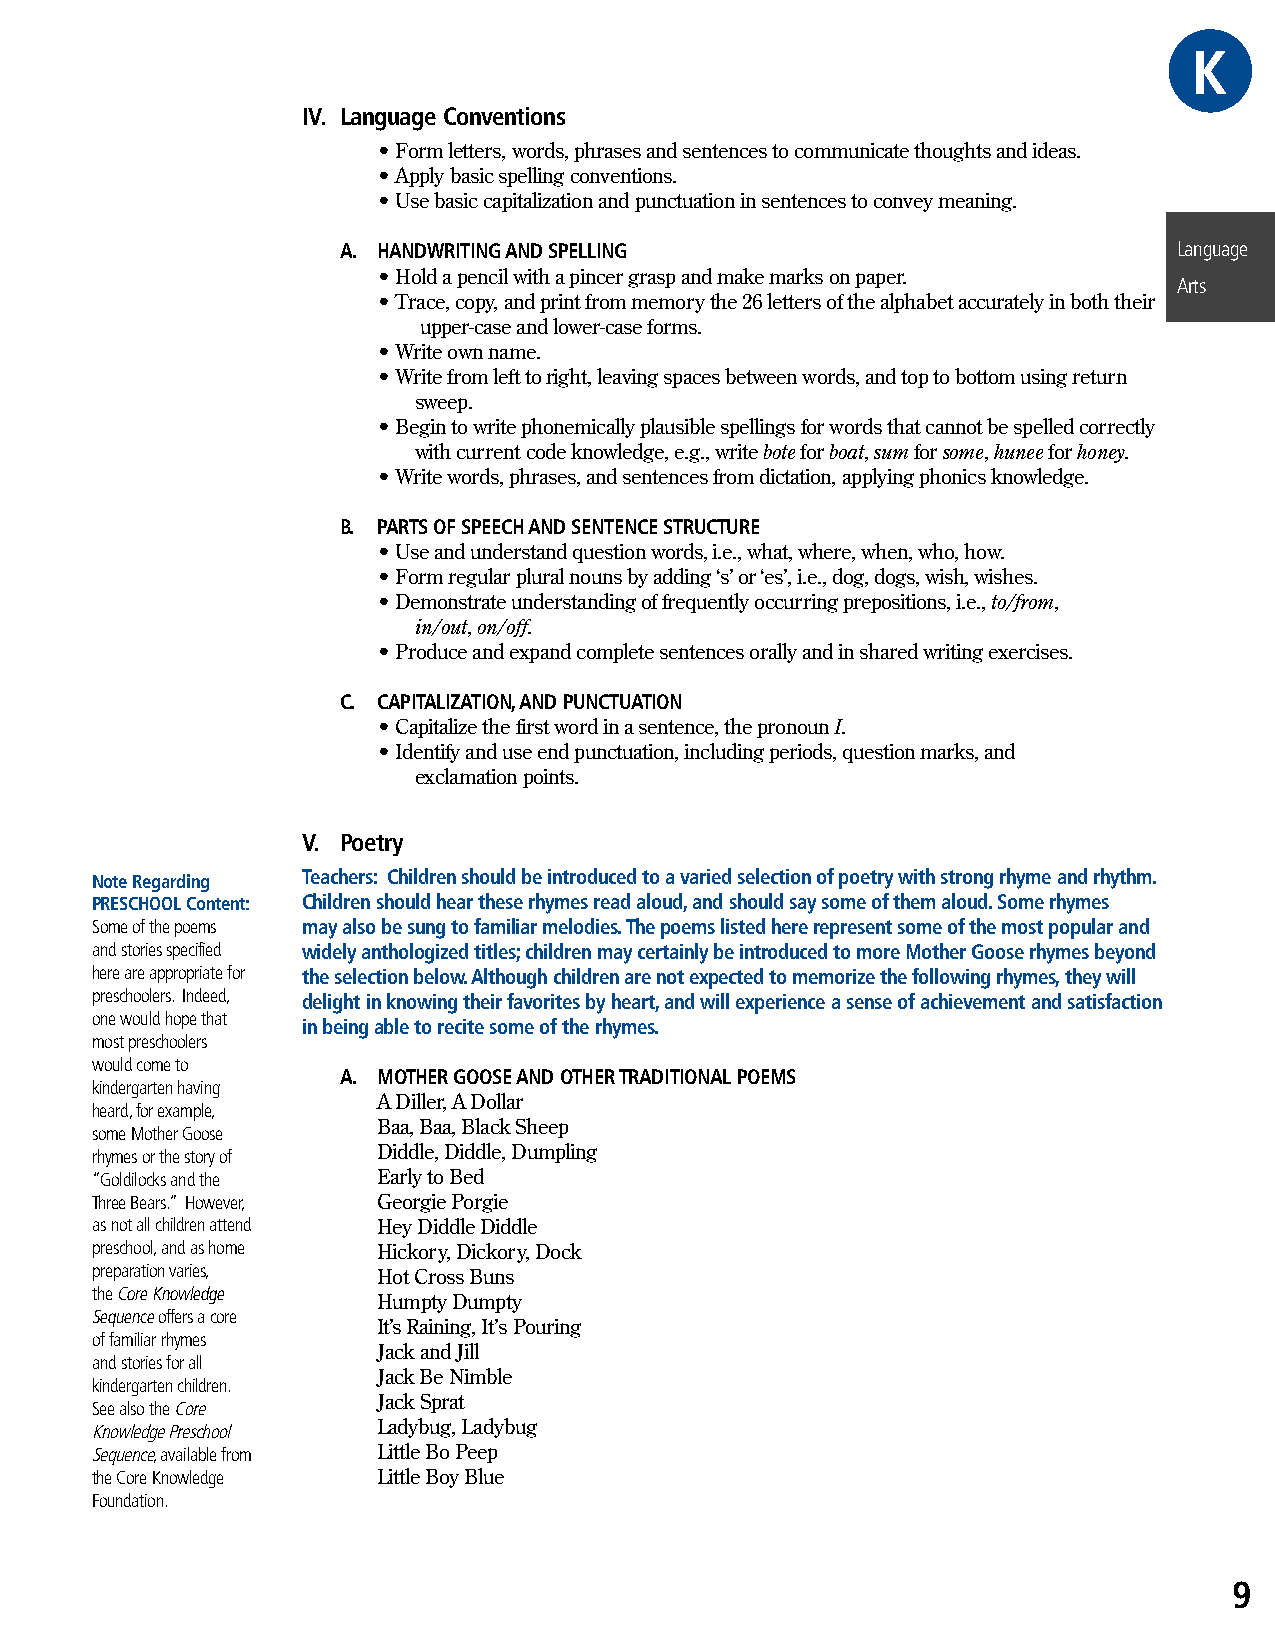
GKRAE
 IV. Language Conventions
 • Form letters, words, phrases and sentences to communicate thoughts and ideas.
 • Apply basic spelling conventions.
 • Use basic capitalization and punctuation in sentences to convey meaning.
 A. HANDWRITING AND SPELLING                             LLaanngguuaagge e
 • Hold a pencil with a pincer grasp and make marks on paper.
 AArrttss
 • Trace, copy, and print from memory the 26 letters of the alphabet accurately in both their
 upper-case and lower-case forms.
 • Write own name.
 • Write from left to right, leaving spaces between words, and top to bottom using return
 sweep.
 • Begin to write phonemically plausible spellings for words that cannot be spelled correctly
 with current code knowledge, e.g., write bote for boat, sum for some, hunee for honey.
 • Write words, phrases, and sentences from dictation, applying phonics knowledge.
 B. PARTS OF SPEECH AND SENTENCE STRUCTURE
 • Use and understand question words, i.e., what, where, when, who, how.
 • Form regular plural nouns by adding ‘s’ or ‘es’, i.e., dog, dogs, wish, wishes.
 • Demonstrate understanding of frequently occurring prepositions, i.e., to/from,
 in/out, on/off.
 • Produce and expand complete sentences orally and in shared writing exercises.
 C. CAPITALIZATION, AND PUNCTUATION
 • Capitalize the first word in a sentence, the pronoun I.
 • Identify and use end punctuation, including periods, question marks, and
 exclamation points.
 V. Poetry
 Note Regarding Teachers: Children should be introduced to a varied selection of poetry with strong rhyme and rhythm.
 PRESCHOOL Content: Children should hear these rhymes read aloud, and should say some of them aloud. Some rhymes
 Some of the poems may also be sung to familiar melodies. The poems listed here represent some of the most popular and
 and stories specified widely anthologized titles; children may certainly be introduced to more Mother Goose rhymes beyond
 here are appropriate for the selection below. Although children are not expected to memorize the following rhymes, they will
 preschoolers. Indeed, delight in knowing their favorites by heart, and will experience a sense of achievement and satisfaction
 one would hope that
 in being able to recite some of the rhymes.
 most preschoolers
 would come to
 A. MOTHER GOOSE AND OTHER TRADITIONAL POEMS
 kindergarten having
 A Diller, A Dollar
 heard, for example,
 Baa, Baa, Black Sheep
 some Mother Goose
 rhymes or the story of Diddle, Diddle, Dumpling
 “Goldilocks and the Early to Bed
 Three Bears.” However, Georgie Porgie
 as not all children attend Hey Diddle Diddle
 preschool, and as home Hickory, Dickory, Dock
 preparation varies, Hot Cross Buns
 the Core Knowledge
 Humpty Dumpty
 Sequence offers a core
 It’s Raining, It’s Pouring
 of familiar rhymes
 Jack and Jill
 and stories for all
 Jack Be Nimble
 kindergarten children.
 Jack Sprat
 See also the Core
 Knowledge Preschool Ladybug, Ladybug
 Sequence, available from Little Bo Peep
 the Core Knowledge Little Boy Blue
 Foundation.
 9